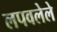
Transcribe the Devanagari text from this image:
लपवलेले